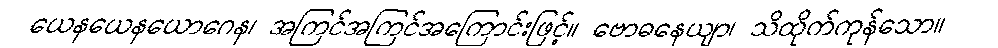
ယေနယေနယောဂေန၊ အကြင်အကြင်အကြောင်းဖြင့်။ ဗောဓနေယျာ၊ သိထိုက်ကုန်သော။